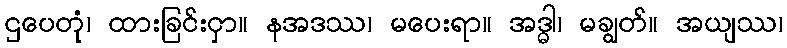
ဌပေတုံ၊ ထားခြင်းငှာ။ နအဒဿ၊ မပေးရာ။ အဒ္ဓါ၊ မချွတ်။ အယျဿ၊